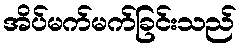
အိပ်မက်မက်ခြင်းသည်